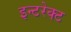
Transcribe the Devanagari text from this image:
इन्टरेक्ट